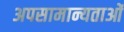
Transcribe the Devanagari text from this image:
अपसामान्यताओं